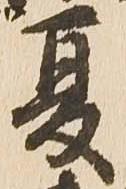
夏